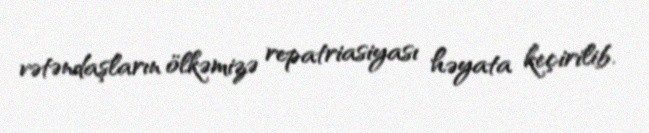
vətəndaşların ölkəmizə repatriasiyası həyata keçirilib.